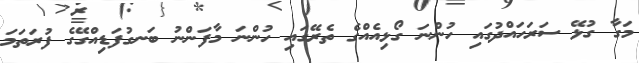
މަގާ ގުޅޭ ސަރަހައްދުގައި ހުންނަ ގޯޅިއެއްގެ ތެރޭގައި ހުންނަ މާފަންނު ބަނގުފަޑިއްގޭގެ ފުރަތަމަ